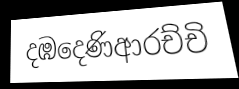
දඹදෙණිආරච්චි